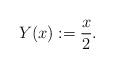
LaTeX: \begin{align*}Y(x) := \frac{x}{2}.\end{align*}